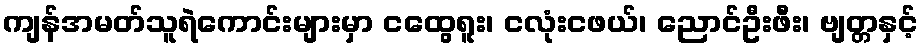
ကျန်အမတ်သူရဲကောင်းများမှာ ငထွေရူး၊ ငလုံးငဖယ်၊ ညောင်ဦးဖီး၊ ဗျတ္တနှင့်